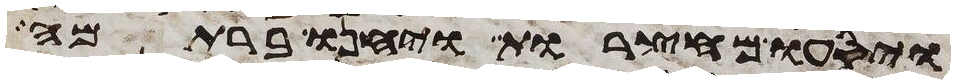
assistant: ויסעו מחצרות ויחנו ברתמה